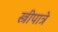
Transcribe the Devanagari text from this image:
स्त्रीपात्रे